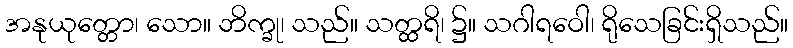
အနုယုတ္တော၊ သော။ ဘိက္ခု၊ သည်။ သတ္ထရိ၊ ၌။ သဂါရဝေါ၊ ရိုသေခြင်းရှိသည်။